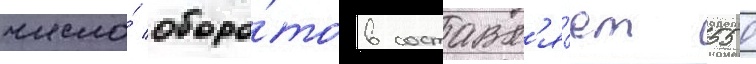
число́ оборо́тов составл'я́ет 550